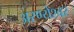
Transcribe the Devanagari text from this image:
अरण्येश्वर